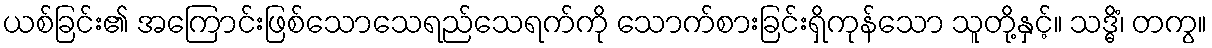
ယစ်ခြင်း၏ အကြောင်းဖြစ်သောသေရည်သေရက်ကို သောက်စားခြင်းရှိကုန်သော သူတို့နှင့်။ သဒ္ဓိံ၊ တကွ။